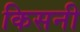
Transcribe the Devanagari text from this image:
किसनी